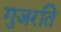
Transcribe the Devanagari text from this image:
गुजरति